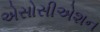
એસોસીએશન